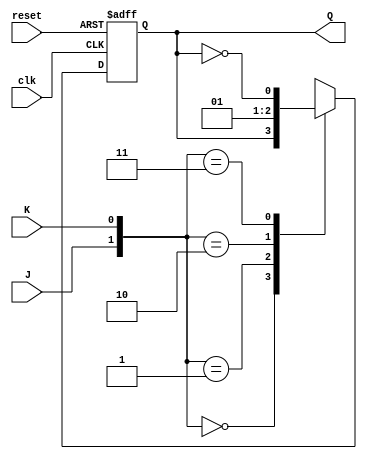
module jk_flip_flop (
    input wire clk,
    input wire reset,
    input wire J,
    input wire K,
    output reg Q
);

always @(negedge clk or posedge reset)
begin
    if (reset)
        Q <= 1'b0;
    else
        case ({J, K})
            2'b00: Q <= Q;
            2'b01: Q <= 1'b0;
            2'b10: Q <= 1'b1;
            2'b11: Q <= ~Q;
        endcase
end

endmodule